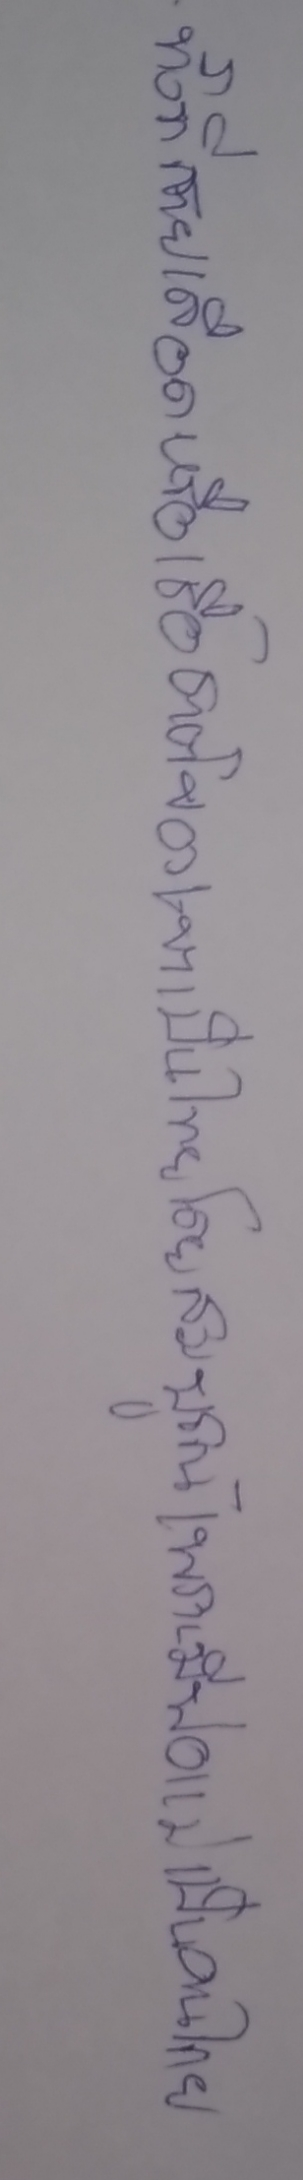
ทั้งที่สายเลือดหรือเชื้อชาติของเขาเป็นไทยโดยสมบูรณ์เพราะมีพ่อแม่เป็นคนไทย